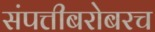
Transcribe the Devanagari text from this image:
संपत्तीबरोबरच